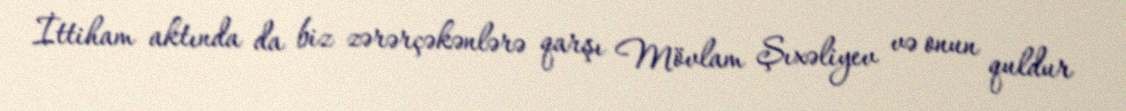
İttiham aktında da biz zərərçəkənlərə qarşı Mövlam Şıxəliyev və onun quldur